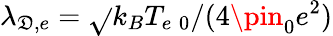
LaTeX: \lambda_{\mathfrak{D},e}=\sqrt{}{{k_{B}T_{e\; 0}/(4\pin_{0}e^{2})}}